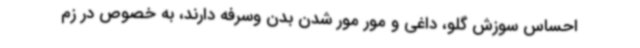
احساس سوزش گلو، داغی و مور مور شدن بدن وسرفه دارند، به خصوص در زم